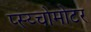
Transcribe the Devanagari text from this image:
प्स्य्चोमोटर